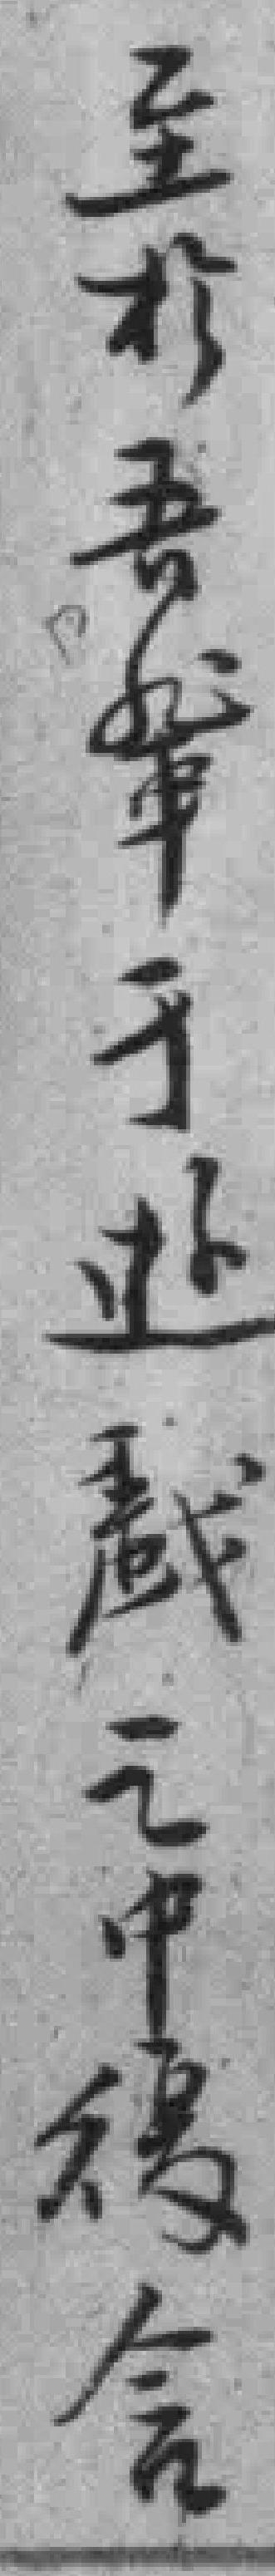
至於吾輩於游戯之中優含